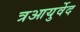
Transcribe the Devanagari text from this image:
त्रआयुर्वेद